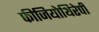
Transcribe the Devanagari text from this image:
फीजियोथिरेपी